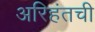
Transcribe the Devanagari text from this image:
अरिहंतची